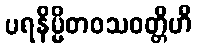
ပရနိမ္မိတဝသဝတ္တီဟိ